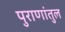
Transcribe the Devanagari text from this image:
पुराणांतुल